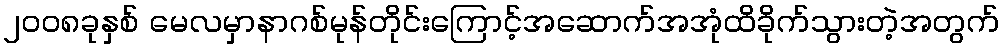
၂၀၀၈ခုနှစ် မေလမှာနာဂစ်မုန်တိုင်းကြောင့်အဆောက်အအုံထိခိုက်သွားတဲ့အတွက်